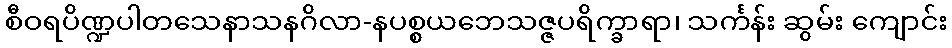
စီဝရပိဏ္ဍပါတသေနာသနဂိလာ-နပစ္စယဘေသဇ္ဇပရိက္ခာရာ၊ သင်္ကန်း ဆွမ်း ကျောင်း